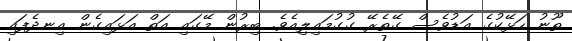
ތޫނު ހަޅޭކުގެ އަޑުވެސް ގޭތެރޭ ގުގުމައިލިއެވެ. ބިރުން މޭގައި އަތް އަޅައިގެން އިނދެފައި